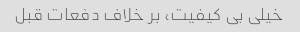
خیلی بی کیفیت، بر خلاف دفعات قبل